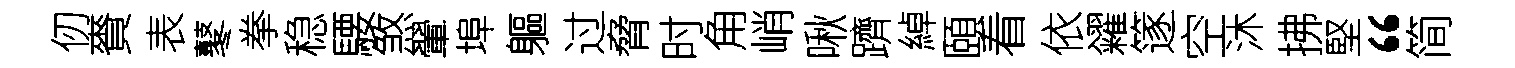
仞賚表鼕拳稳騕煞翬埠軀过脅时角峭啾躋綽頤看依糴篴空沐拂堅“简